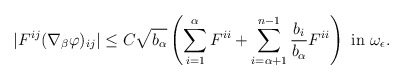
\begin{align*}|F^{ij} (\nabla_\beta \varphi)_{ij}| \leq C \sqrt{b_\alpha} \left(\sum_{i=1}^{\alpha} F^{ii} + \sum_{i=\alpha+1}^{n-1} \frac{b_i}{b_\alpha} F^{ii}\right) \mbox{ in } \omega_\epsilon.\end{align*}